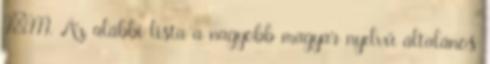
I–III. Az alábbi lista a nagyobb magyar nyelvű általános